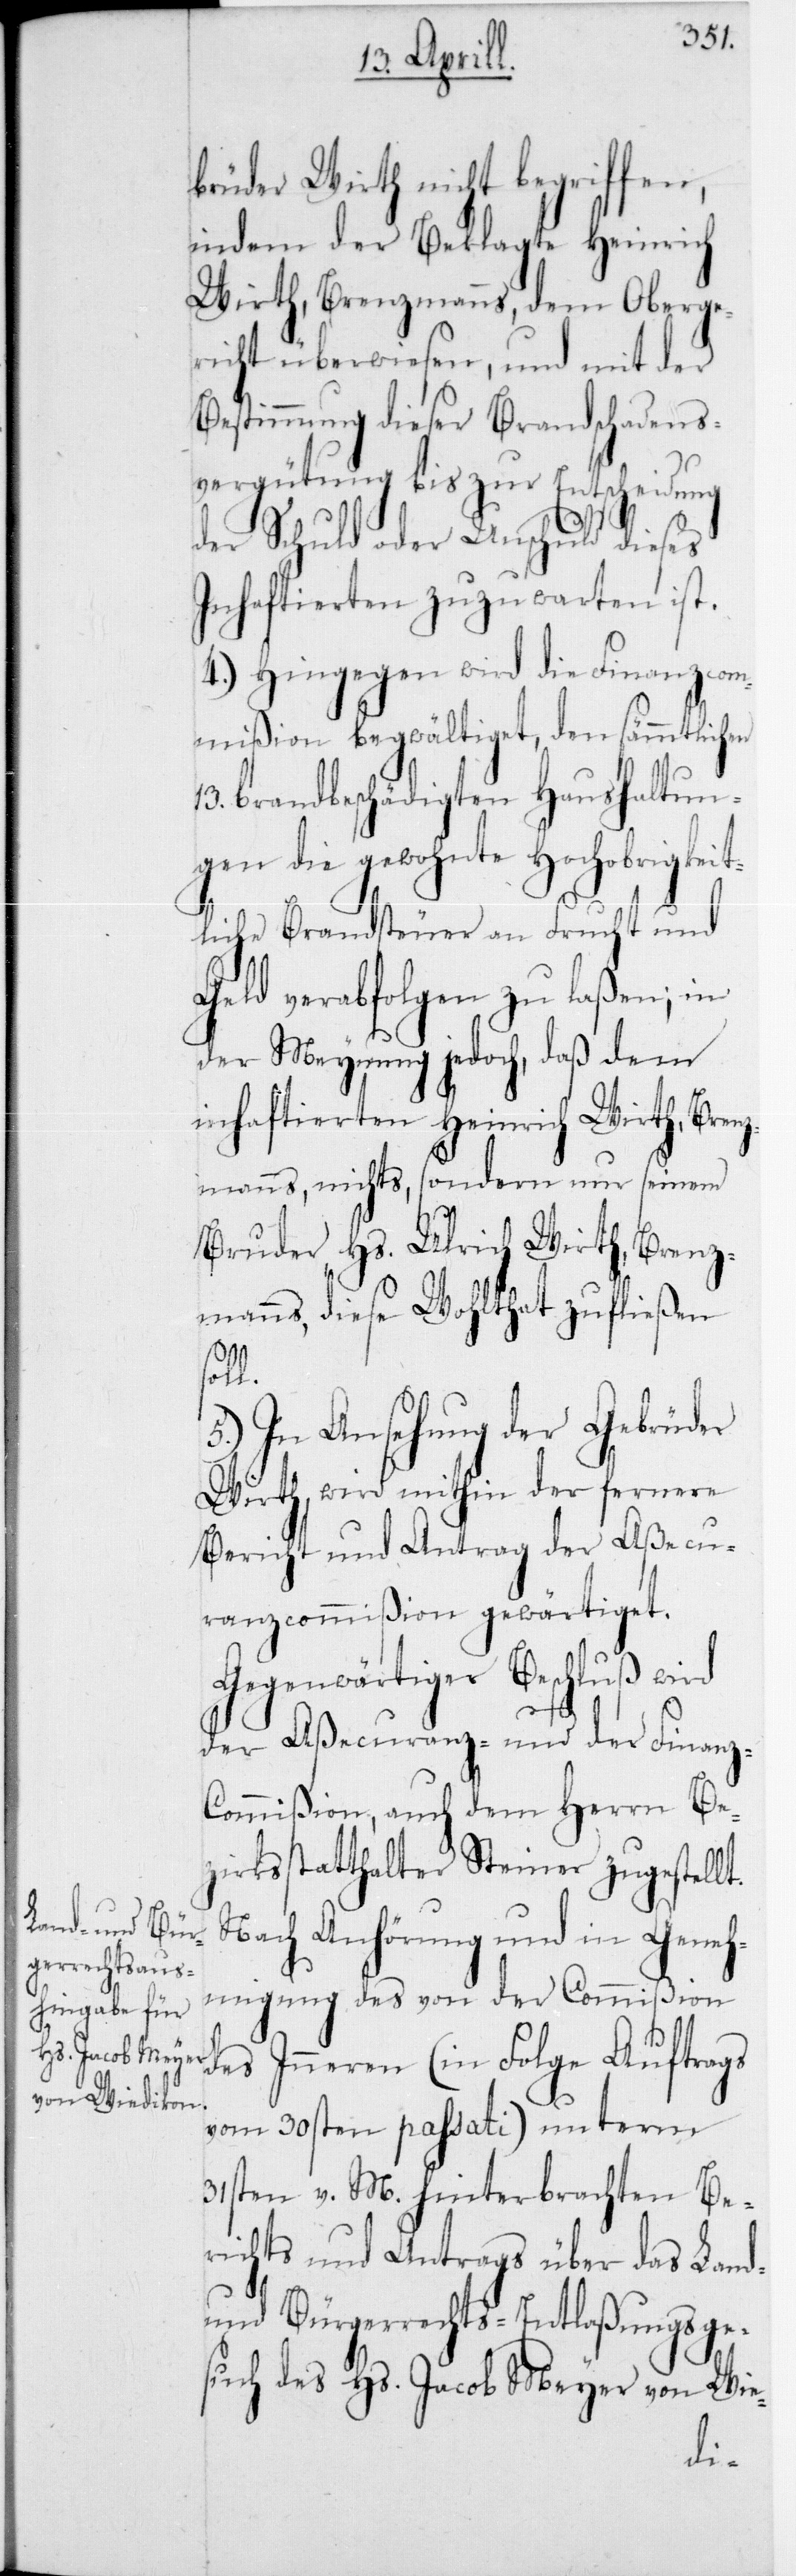
brüder Wirth nicht begriffen,
indem der Beklagte Heinrich
Wirth, Brenzmanns, dem Oberge¬
richt überwiesen, und mit der
Bestimmung dieser Brandschadens¬
vergütung bis zur Entscheidung
der Schuld oder Unschuld dieses
Inhaftierten zuzuwarten ist.
4.) Hingegen wird die Finanzcom¬
mißion begwältiget, den sämmtlichen
13 brandbeschädigten Haushaltun¬
gen die gewohnte Hochobrigkei¬
tliche Brandsteuer an Frucht und
Geld verabfolgen zu laßen; in
der Meynung jedoch, daß dem
inhaftierten Heinrich Wirth, Bren¬
zmanns, nichts, sondern nur seinem
Bruder Hs. Ulrich Wirth, Brenz¬
manns, diese Wohlthat zufließen
sol¬
5.) In Ansehung der Gebrüder
Wirth, wird mithin der fernere
Bericht und Antrag der Aßecu¬
ranzcommißion gewärtiget.
Gegenwärtiger Beschluß wird
l.
der Aßecuranz- und der Finanz-C¬
ommißion, auch dem Herrn Be¬
zirksstatthalter Steiner zugestellt.
Nach Anhörung und in Geneh¬
migung des von der Commißion
des Innern (in Folge Auftrags
vom 30sten passati) unterm
31sten v. M. hinterbrachten Be¬
richts und Antrags über das Land-
und Bürgerrechts-Entlaßungsge¬
such des Hs. Jacob Meyer von Wie-